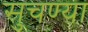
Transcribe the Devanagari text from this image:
सुचण्या